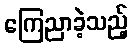
ကြေညာခဲ့သည့်